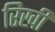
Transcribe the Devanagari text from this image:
रिखी